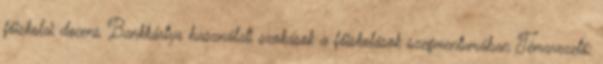
főiskolai docens Bankkártya használati szokások a főiskolások szegmentumában Témavezető: